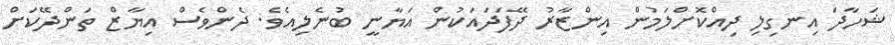
ޝަހާދަ އިނގިލި ދިއްކޮށްލަމުން އިންޒާރު ދޭފަދައަކުން އަޔާނީ ބުނެލިއެވެ. ދެންވެސް އިޔާޒް ތަންދޭކަށް